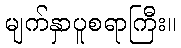
မျက်နှာပူစရာကြီး။